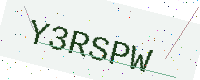
Text: Y3RSPW